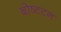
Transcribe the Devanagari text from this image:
बोष्टटन